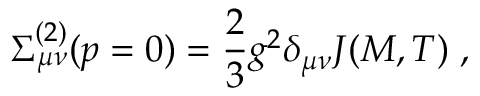
\Sigma _ { \mu \nu } ^ { ( 2 ) } ( p = 0 ) = \frac { 2 } { 3 } g ^ { 2 } \delta _ { \mu \nu } J ( M , T ) \; ,